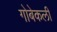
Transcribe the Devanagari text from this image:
गोबेकली